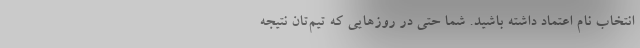
انتخاب نام اعتماد داشته باشید. شما حتی در روزهایی که تیم‌تان نتیجه